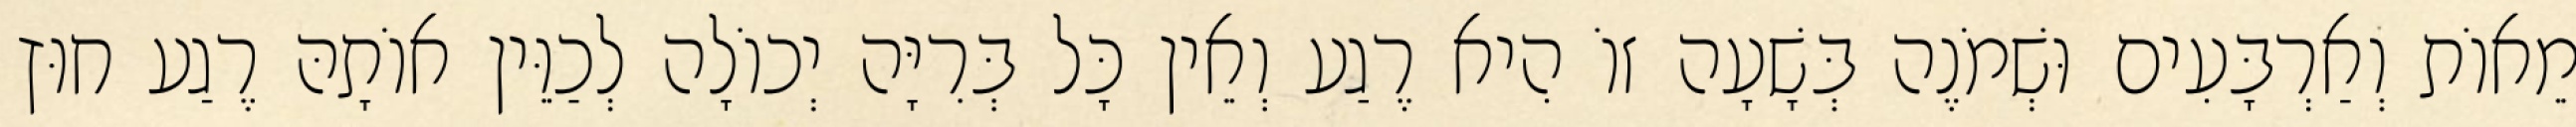
מֵאוֹת וְאַרְבָּעִים וּשְׁמֹנֶה בְּשָׁעָה זוֹ הִיא רֶגַע וְאֵין כָּל בְּרִיָּה יְכוֹלָה לְכַוֵּין אוֹתָהּ רֶגַע חוּץ